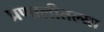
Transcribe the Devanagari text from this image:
प्रणालीतल्या